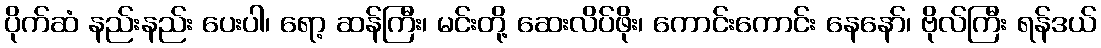
ပိုက်ဆံ နည်းနည်း ပေးပါ၊ ရော့ ဆန်ကြီး၊ မင်းတို့ ဆေးလိပ်ဖိုး၊ ကောင်းကောင်း နေနော်၊ ဗိုလ်ကြီး ရန်ဒယ်